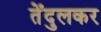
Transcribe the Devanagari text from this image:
तेँदुलकर